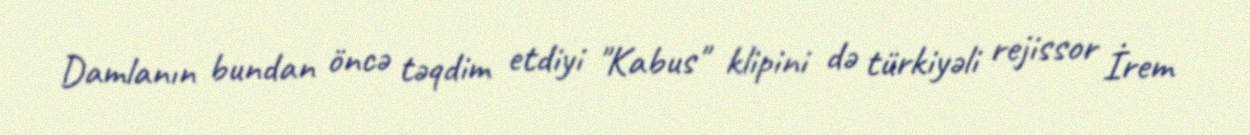
Damlanın bundan öncə təqdim etdiyi "Kabus" klipini də türkiyəli rejissor İrem